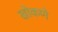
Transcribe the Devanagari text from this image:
खोकणे